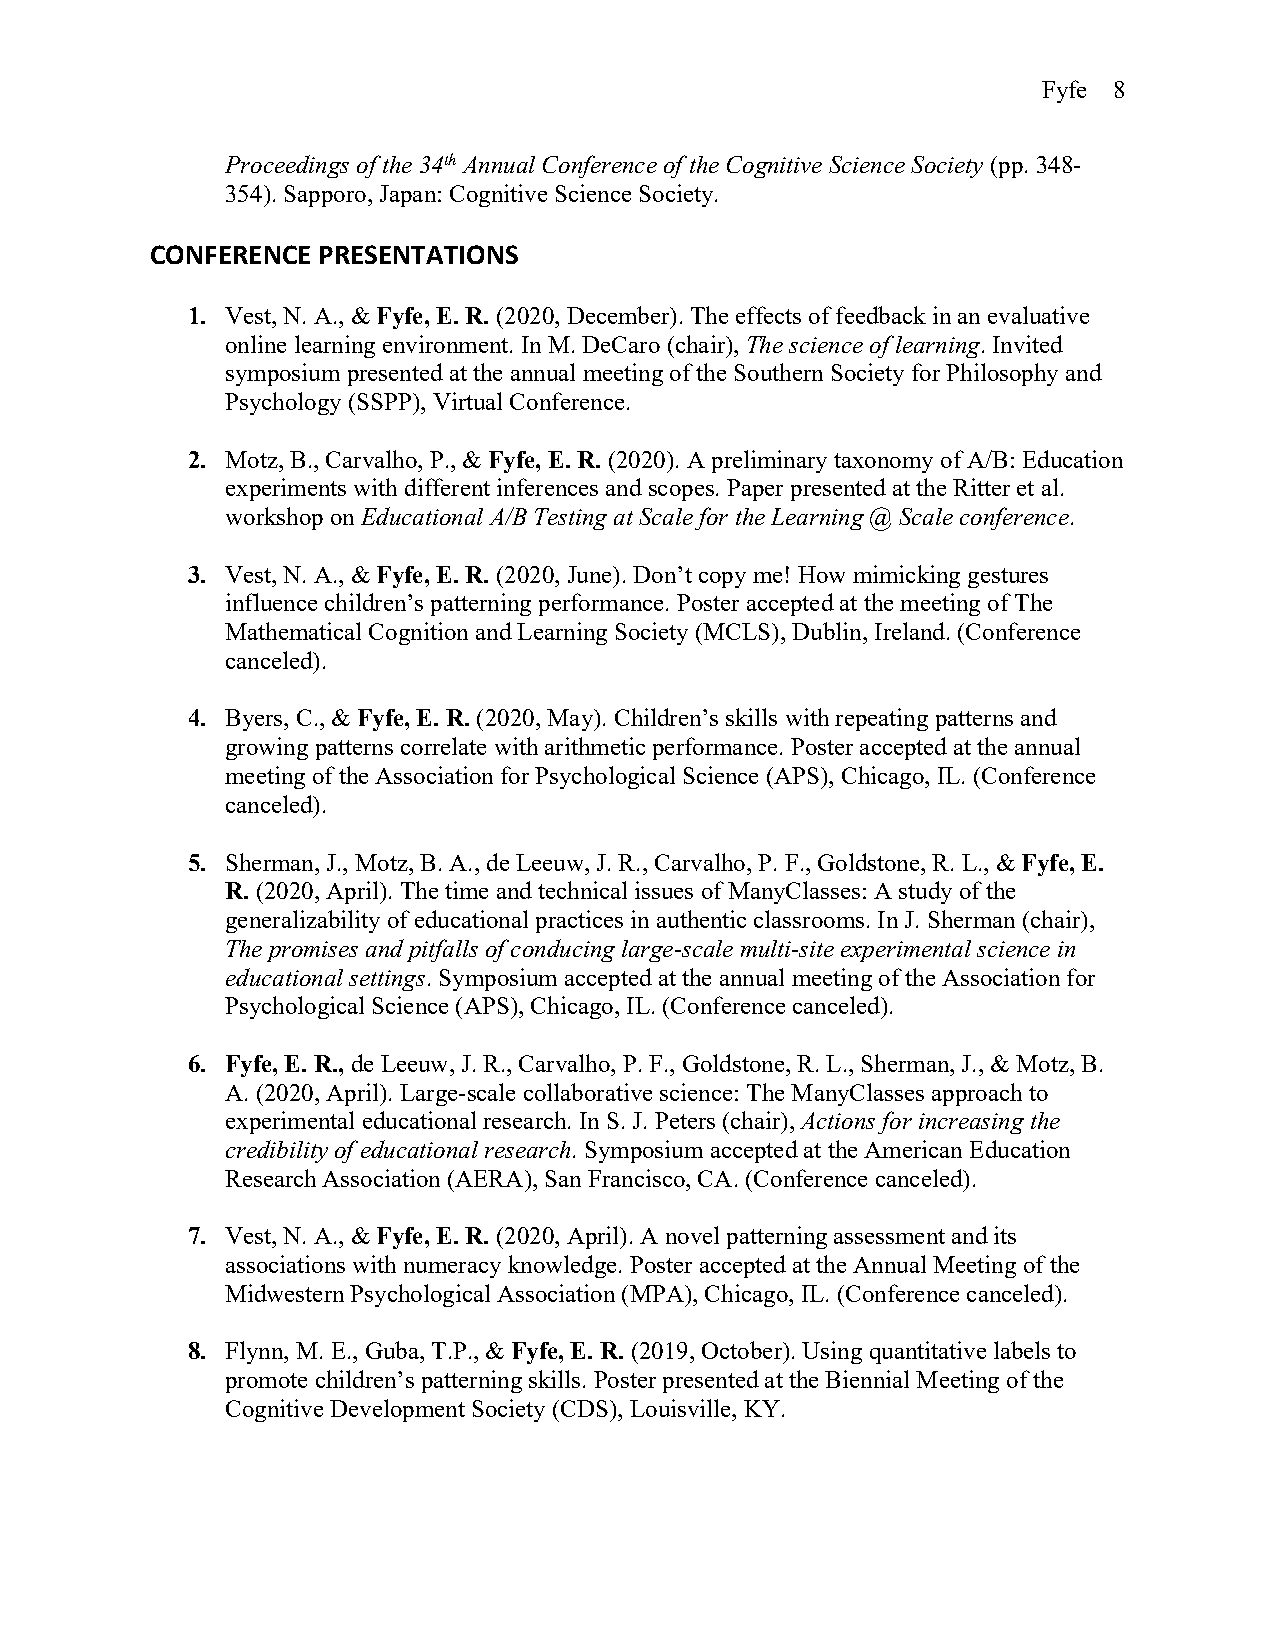
Fyfe 8
 Proceedings of the 34th Annual Conference of the Cognitive Science Society (pp. 348-
 354). Sapporo, Japan: Cognitive Science Society.
 CONFERENCE PRESENTATIONS
 1. Vest, N. A., & Fyfe, E. R. (2020, December). The effects of feedback in an evaluative
 online learning environment. In M. DeCaro (chair), The science of learning. Invited
 symposium presented at the annual meeting of the Southern Society for Philosophy and
 Psychology (SSPP), Virtual Conference.
 2. Motz, B., Carvalho, P., & Fyfe, E. R. (2020). A preliminary taxonomy of A/B: Education
 experiments with different inferences and scopes. Paper presented at the Ritter et al.
 workshop on Educational A/B Testing at Scale for the Learning @ Scale conference.
 3. Vest, N. A., & Fyfe, E. R. (2020, June). Don’t copy me! How mimicking gestures
 influence children’s patterning performance. Poster accepted at the meeting of The
 Mathematical Cognition and Learning Society (MCLS), Dublin, Ireland. (Conference
 canceled).
 4. Byers, C., & Fyfe, E. R. (2020, May). Children’s skills with repeating patterns and
 growing patterns correlate with arithmetic performance. Poster accepted at the annual
 meeting of the Association for Psychological Science (APS), Chicago, IL. (Conference
 canceled).
 5. Sherman, J., Motz, B. A., de Leeuw, J. R., Carvalho, P. F., Goldstone, R. L., & Fyfe, E.
 R. (2020, April). The time and technical issues of ManyClasses: A study of the
 generalizability of educational practices in authentic classrooms. In J. Sherman (chair),
 The promises and pitfalls of conducing large-scale multi-site experimental science in
 educational settings. Symposium accepted at the annual meeting of the Association for
 Psychological Science (APS), Chicago, IL. (Conference canceled).
 6. Fyfe, E. R., de Leeuw, J. R., Carvalho, P. F., Goldstone, R. L., Sherman, J., & Motz, B.
 A. (2020, April). Large-scale collaborative science: The ManyClasses approach to
 experimental educational research. In S. J. Peters (chair), Actions for increasing the
 credibility of educational research. Symposium accepted at the American Education
 Research Association (AERA), San Francisco, CA. (Conference canceled).
 7. Vest, N. A., & Fyfe, E. R. (2020, April). A novel patterning assessment and its
 associations with numeracy knowledge. Poster accepted at the Annual Meeting of the
 Midwestern Psychological Association (MPA), Chicago, IL. (Conference canceled).
 8. Flynn, M. E., Guba, T.P., & Fyfe, E. R. (2019, October). Using quantitative labels to
 promote children’s patterning skills. Poster presented at the Biennial Meeting of the
 Cognitive Development Society (CDS), Louisville, KY.